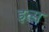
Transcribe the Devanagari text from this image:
इत्स